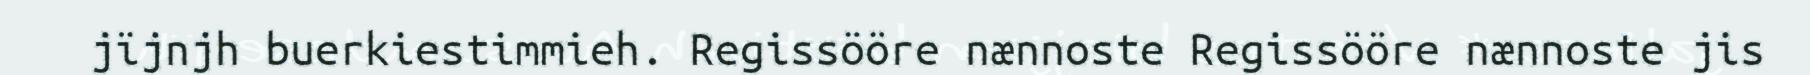
jïjnjh buerkiestimmieh. Regissööre nænnoste Regissööre nænnoste jis